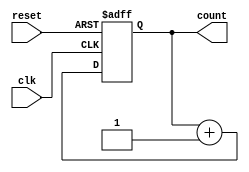
module mod_16(
    input clk,
    input reset,
    output reg [3:0] count
    );
    always @ (posedge clk or posedge reset) begin
        if(reset)
            count= 0;
        else
            count =count+1;
    end
endmodule